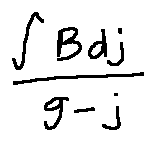
\frac { \int B d j } { g - j }